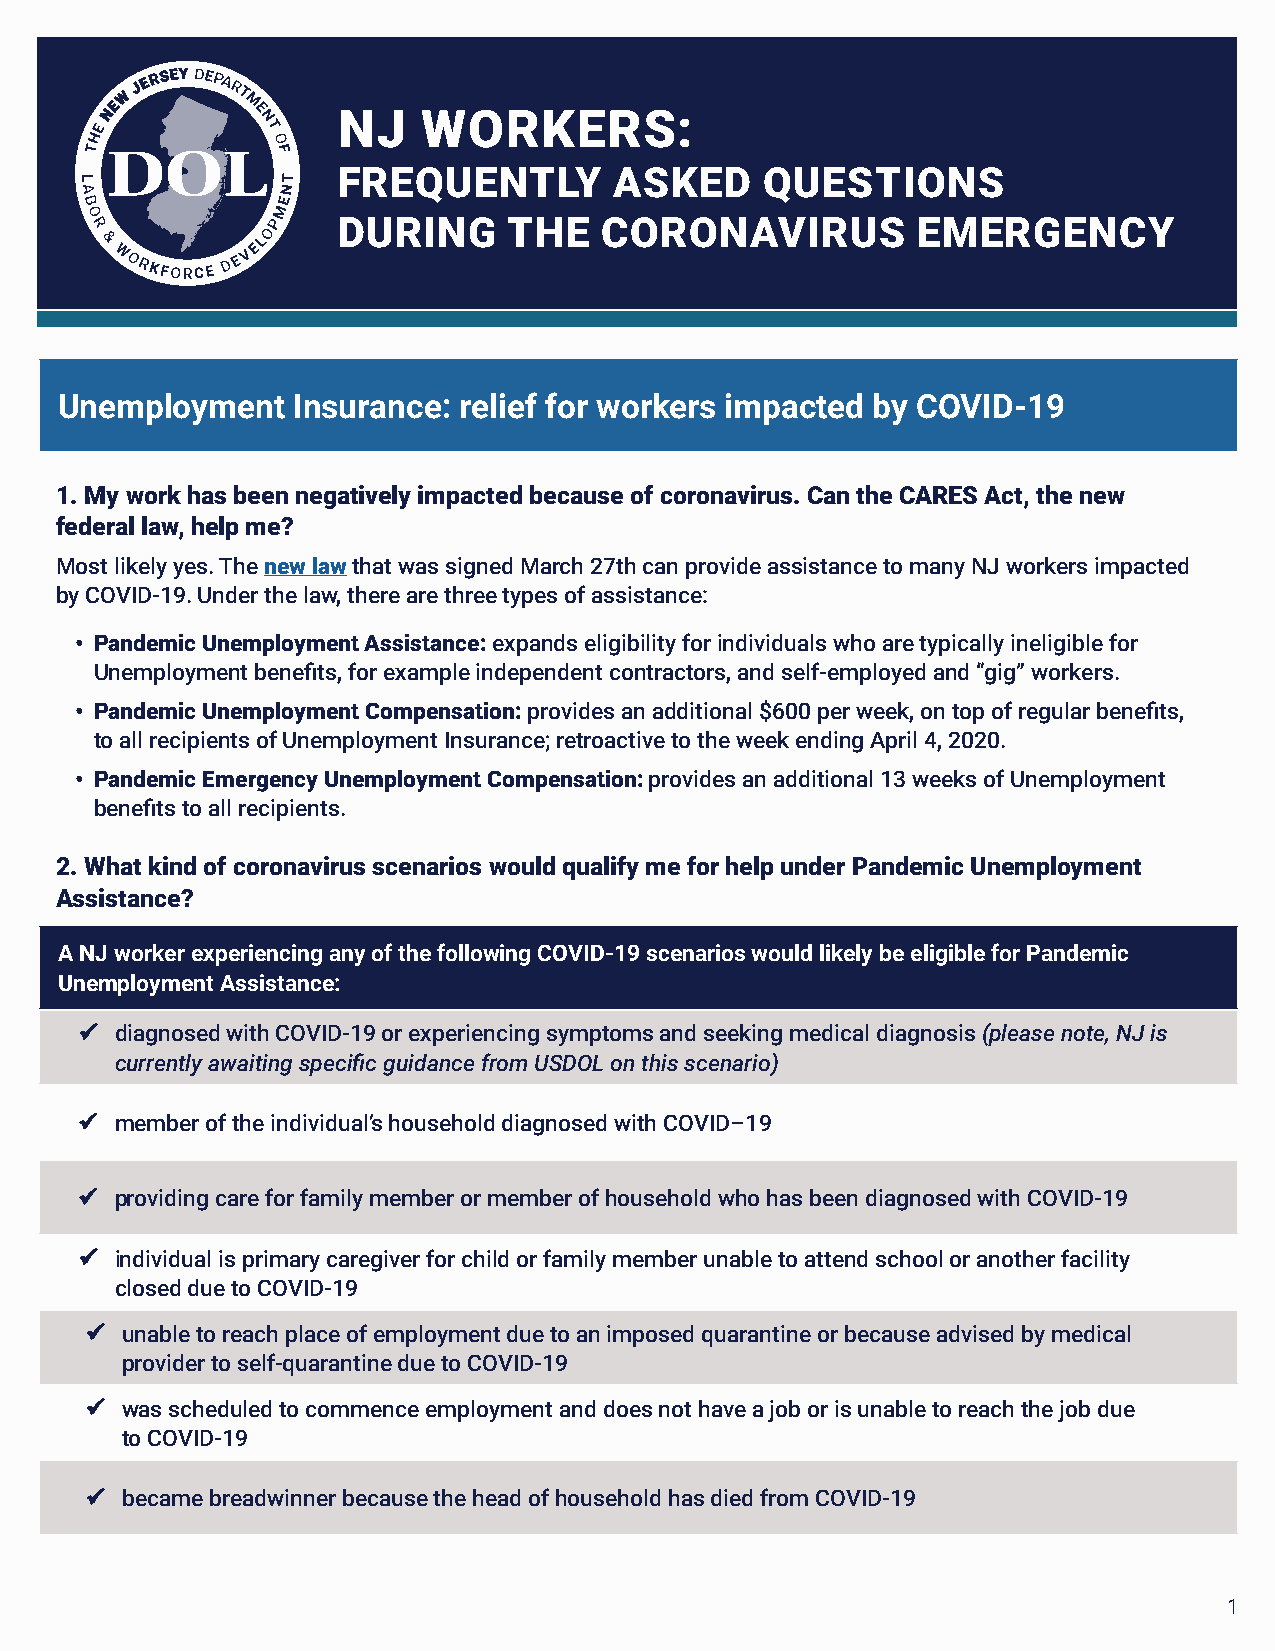
NJ    WORKERS:
 FREQUENTLY         ASKED     QUESTIONS
 DURING      THE   CORONAVIRUS          EMERGENCY
 Unemployment   Insurance: relief for workers impacted by COVID-19
 1. My work has been negatively impacted because of coronavirus. Can the CARES Act, the new
 federal law, help me?
 Most likely yes. The new law that was signed March 27th can provide assistance to many NJ workers impacted
 by COVID-19. Under the law, there are three types of assistance:
 • Pandemic Unemployment Assistance: expands eligibility for individuals who are typically ineligible for
 Unemployment benefits, for example independent contractors, and self-employed and “gig” workers.
 • Pandemic Unemployment Compensation: provides an additional $600 per week, on top of regular benefits,
 to all recipients of Unemployment Insurance; retroactive to the week ending April 4, 2020.
 • Pandemic Emergency Unemployment Compensation: provides an additional 13 weeks of Unemployment
 benefits to all recipients.
 2. What kind of coronavirus scenarios would qualify me for help under Pandemic Unemployment
 Assistance?
 A NJ worker experiencing any of the following COVID-19 scenarios would likely be eligible for Pandemic
 Unemployment Assistance:
   diagnosed with COVID-19 or experiencing symptoms and seeking medical diagnosis (please note, NJ is
 currently awaiting specific guidance from USDOL on this scenario)
   member of the individual’s household diagnosed with COVID–19
   providing care for family member or member of household who has been diagnosed with COVID-19
   individual is primary caregiver for child or family member unable to attend school or another facility
 closed due to COVID-19
  unable to reach place of employment due to an imposed quarantine or because advised by medical
 provider to self-quarantine due to COVID-19
  was scheduled to commence employment and does not have a job or is unable to reach the job due
 to COVID-19
  became breadwinner because the head of household has died from COVID-19
 1